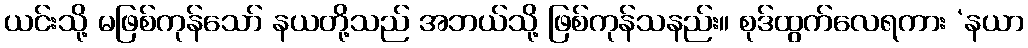
ယင်းသို့ မဖြစ်ကုန်သော် နယတို့သည် အဘယ်သို့ ဖြစ်ကုန်သနည်း။ စုဒ်ထွက်လေရကား ‘နယာ